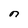
Character: n